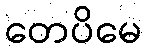
တေပိမေ